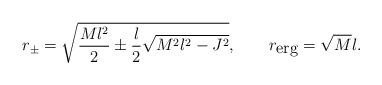
LaTeX: \begin{align*}r_\pm=\sqrt{\frac{Ml^2}{2}\pm\frac{l}{2}\sqrt{M^2l^2-J^2}},\;\;\;\;\;\;\;r_{\mbox{erg}}=\sqrt{M}l.\end{align*}